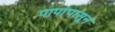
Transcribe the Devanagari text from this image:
पापांपासून